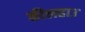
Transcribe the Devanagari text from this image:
कीलहाउ